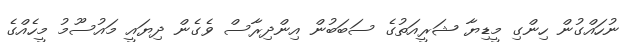
ނުހައްގުން ހިންގި މީޑިޔާ ޝަރީއަތުގެ ސަބަބުން އިންދިރާސް ވެގެން ދިޔައީ މައުސޫމު މީހެއްގެ